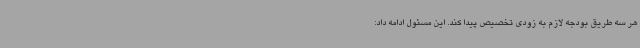
هر سه طریق بودجه لازم به زودی تخصیص پیدا کند. این مسئول ادامه داد: